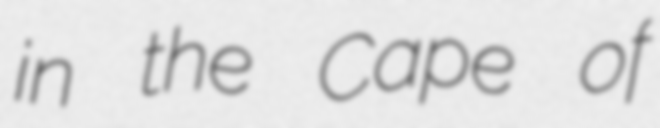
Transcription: in the Cape of